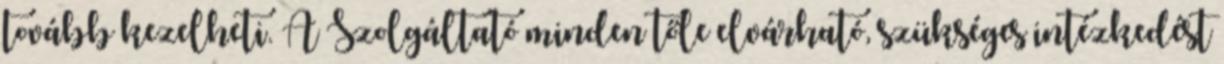
tovább kezelheti. A Szolgáltató minden tőle elvárható, szükséges intézkedést